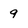
Character: 9